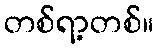
တစ်ရာ့တစ်။